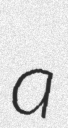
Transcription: a